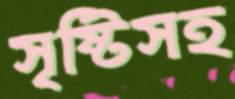
সৃষ্টিসহ